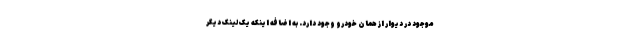
موجود در دیوار از همان خودرو وجود دارد. به اضافه اینکه یک لینک دیگر